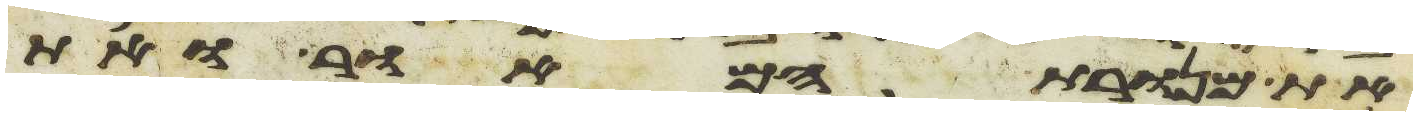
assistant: את מנורת המאור ואת